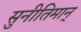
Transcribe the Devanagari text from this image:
सुनीतिमान्‌